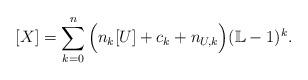
LaTeX: \begin{align*} [X] = \sum_{k=0}^n \Big(n_{k}[U] + c_k + n_{U,k}\Big) (\mathbb L-1)^{k}.\end{align*}